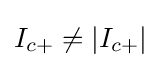
I_{c+}\neq |I_{c+}|